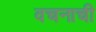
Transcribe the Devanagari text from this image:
वचनाची